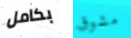
بكامل مشوق